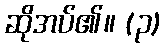
ဆိုအပ်၏။ (၃)